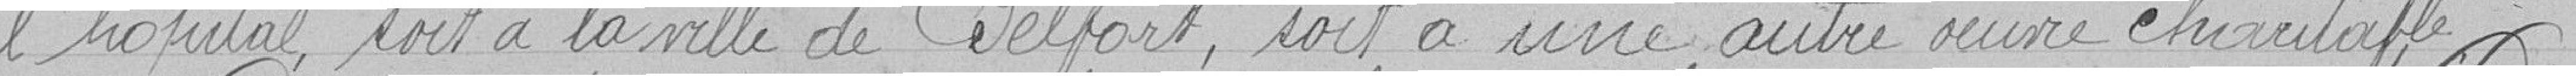
l'hôpital, soit à la ville de Belfort, soit à une autre oeuvre charitable